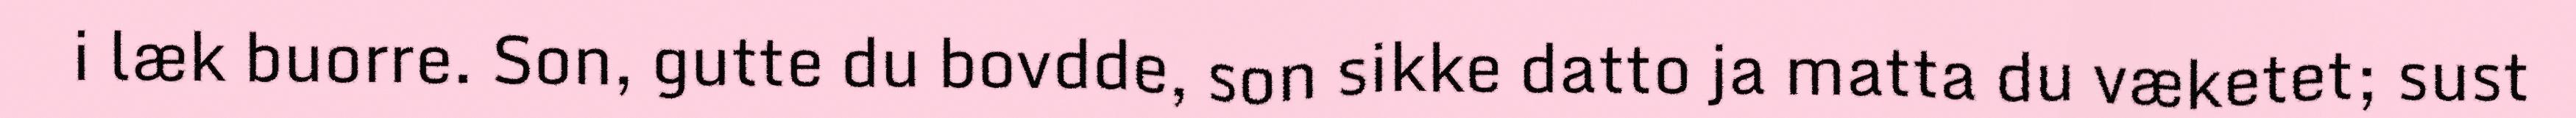
i læk buorre. Son, gutte du bovdde, son sikke datto ja matta du væketet; sust